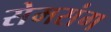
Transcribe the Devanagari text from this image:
सेमसंग